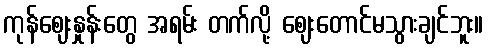
ကုန်ဈေးနှုန်းတွေ အရမ်း တက်လို့ ဈေးတောင်မသွားချင်ဘူး။